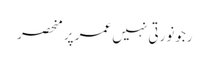
رجونورتی نہیں عمر پر منحصر